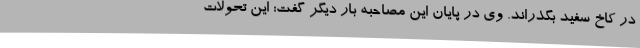
در کاخ سفید بگذراند. وی در پایان این مصاحبه بار دیگر گفت: این تحولات